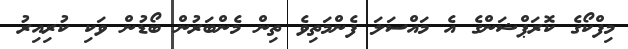
މިފްކޯގެ ކޮރަޕްޝަންގެ އެ މައްސަލަ ފެންމަތިވެ ތިން މެންބަރުން ބޯޑުން ވަކި ކުރިއިރު